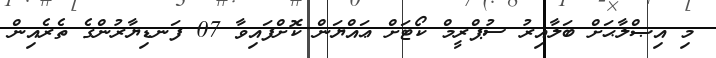
މި އިޞްލާޙަށް ބަލާއިރު ސުޕްރީމް ކޯޓަށް ޢައްޔަން ކޮށްފައިވާ 07 ފަނޑިޔާރުންގެ ތެރެއިން